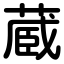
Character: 蔵